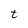
Character: t